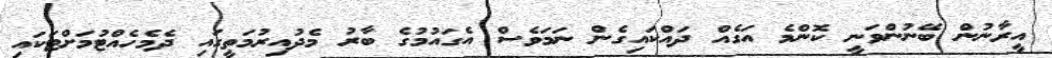
އީރާނުން ބޭނުންވަނީ ކޮންމެ އަގެއް ދައްކައިގެން ނަމަވެސް އެގައުމުގެ ބާރު މެދުއިރުމަތީގައި ދެމެހެއްޓުމަށްޓަކައި